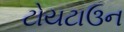
ટોયટાઉન